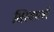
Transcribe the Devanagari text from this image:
सिरवाली